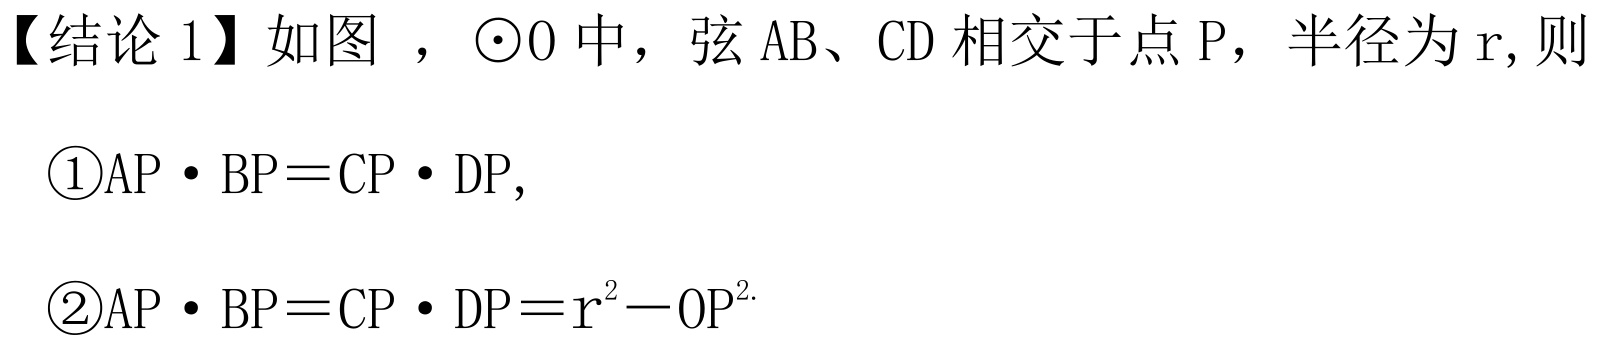
【结论1】如图 ，\(\odot O\)中，弦\(AB\)、\(CD\)相交于点\(P\)，半径为\(r\),则
\textcircled{1}\(AP\cdot BP = CP\cdot DP\),
\textcircled{2}\(AP\cdot BP = CP\cdot DP = r^{2}-OP^{2}\).